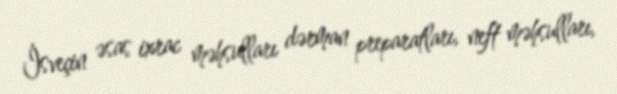
İsveçin əsas ixrac məhsulları dərman preparatları, neft məhsulları,